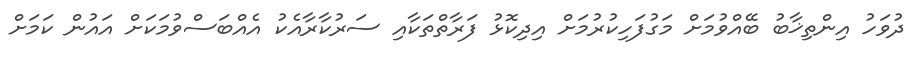
ދުވަހު އިންތިޚާބު ބޭއްވުމަށް މަގުފަހިކުރުމަށް އިދިކޮޅު ފަރާތްތަކާއި ސަރުކާރާއެކު އެއްބަސްވުމަކަށް އައުން ކަމަށް